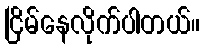
ငြိမ်နေလိုက်ပါတယ်။